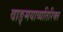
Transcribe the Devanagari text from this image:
वाङ्मयाव्यतिरिक्त